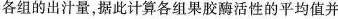
各组的出汁量，据此计算各组果胶酶活性的平均值并